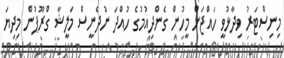
މިނިސްޓަރު ވިދާޅުވީ ހައްޖަށް މީހުން ގެންދިއުމުގެ ހުއްދަ ނުދެނީސް މަލީޝާ ގްރޫޕުން މިދިޔަ